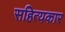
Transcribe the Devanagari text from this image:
सहित्यकार